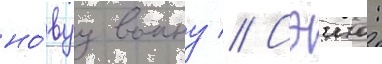
но́вуу воину // Сэию: